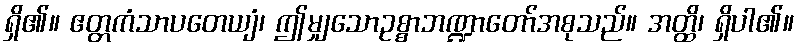
ရှိ၏။ ဧတ္တကံသာပတေယျံ၊ ဤမျှသောဥစ္စာဘဏ္ဍာတော်အစုသည်။ အတ္ထိ၊ ရှိပါ၏။